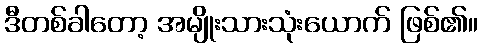
ဒီတစ်ခါတော့ အမျိုးသားသုံးယောက် ဖြစ်၏။